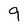
Character: 9